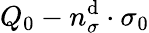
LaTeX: Q_{0}-n_{\sigma}^{\mathrm{d}}\cdot\sigma_{0}